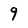
Character: 9